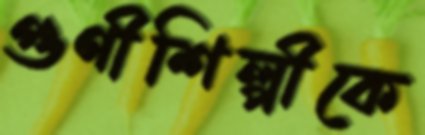
গুণীশিল্পীকে